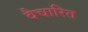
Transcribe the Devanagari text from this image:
वैचारित